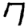
Digit: 7